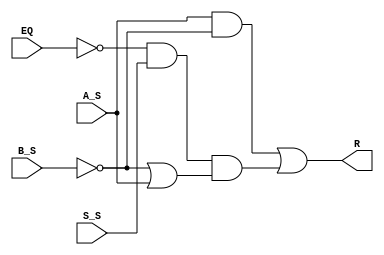
/* 
Mdulo para realizao de comparao entre dois nmeros
signed A e B, devolvendo R = 1, caso A < B,
dados os bits de sinal de A e B e da subtrao,
alm do sinal de igualdade
 */
module ComparatorLTSigned (
  input wire A_S, B_S, S_S, EQ, // Entradas de sinal e igualdade
  output wire R // Sada
);

  assign R = (A_S & ~B_S) | (~EQ & S_S) & (~B_S | A_S); // Expresso lgica derivada de tabela verdade
  
endmodule